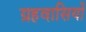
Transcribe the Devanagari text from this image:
ग्रहवासियों